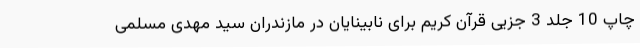
چاپ 10 جلد 3 جزیی قرآن کریم برای نابینایان در مازندران سید مهدی مسلمی